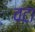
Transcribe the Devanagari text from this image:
वटा